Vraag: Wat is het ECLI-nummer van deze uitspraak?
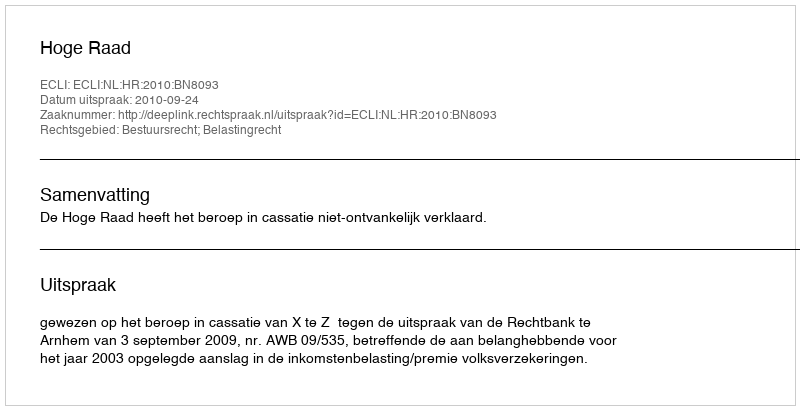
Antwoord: ECLI:NL:HR:2010:BN8093